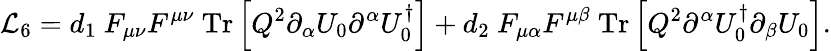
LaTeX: {\cal L}_{6}=d_{1}~F_{\mu\nu}F^{\mu\nu}~\mathrm{Tr}\left[Q^{2}\partial_{\alpha}U_{0}\partial^{\alpha}U_{0}^{\dagger}\right]+d_{2}~F_{\mu\alpha}F^{\mu\beta}~\mathrm{Tr}\left[Q^{2}\partial^{\alpha}U_{0}^{\dagger}\partial_{\beta}U_{0}\right].